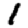
Digit: 1